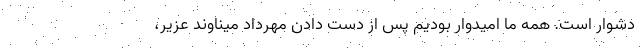
دشوار است. همه ما امیدوار بودیم پس از دست دادن مهرداد میناوند عزیر،